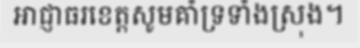
អាជ្ញាធរខេត្តសូមគាំទ្រទាំងស្រុង។